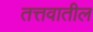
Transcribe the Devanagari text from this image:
तत्तवातील